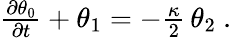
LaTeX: \begin{array}{r}{\frac{\partial\theta_{0}}{\partial t}+\theta_{1}=-\frac{\kappa}{2}\, \theta_{2}\ .}\end{array}